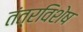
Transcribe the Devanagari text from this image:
तंत्रविशेष